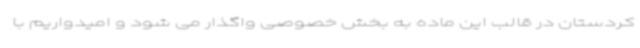
کردستان در قالب این ماده به بخش خصوصی واگذار می شود و امیدواریم با